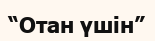
“Отан үшін”